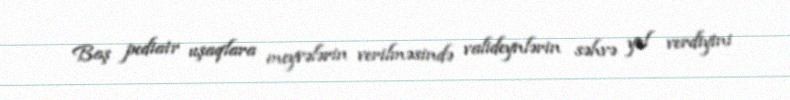
Baş pediatr uşaqlara meyvələrin verilməsində valideynlərin səhvə yol verdiyini